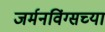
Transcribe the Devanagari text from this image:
जर्मनविंग्सच्या